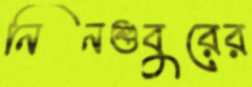
নিনশুবুরের